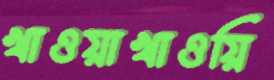
খাওয়াখাওয়ি